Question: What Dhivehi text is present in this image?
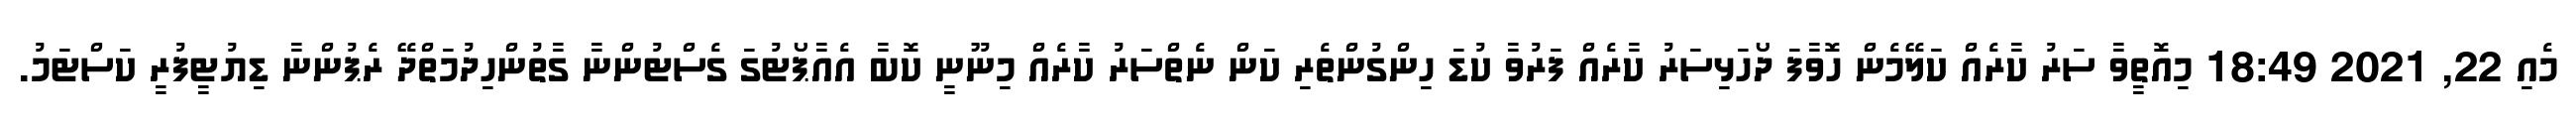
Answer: މެއި 22, 2021 18:49 މިއޮތީވާ ސަރު ކާރެއް ކަލޭމެން ހޮވާފަ ދޯހަޅިސަރު ކާރެއް ފަރުވާ ކުޑަ ހިންގުންތެރި ކަން ނެތްސަރު ކާރެއް މިނޫނީ ކޮބާ އެއާޕޯޓުގަ ގެސްޓުންނާ ގާތުންހިދުމަތްދޭ ރެޕުންނާ ޑިޔުޓީފުރީ ކަސްޓަމު.